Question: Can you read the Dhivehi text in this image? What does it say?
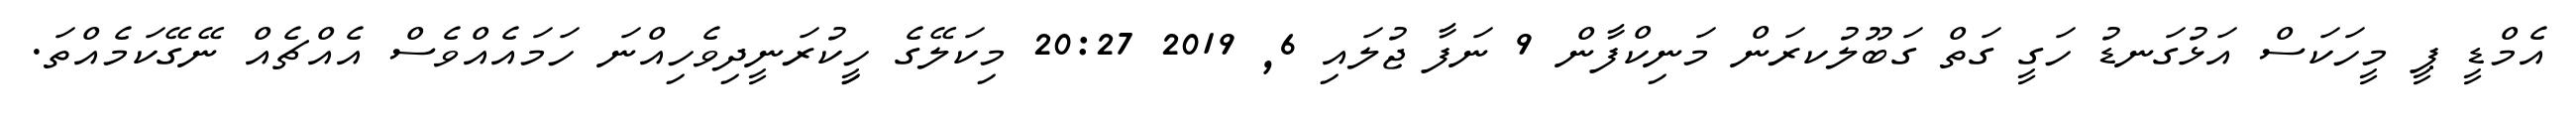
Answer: އެމްޑީ ޕީ މީހަކަސް އަޅުގަނޑު ހަގީ ގަތް ގަބޫލުކރަން މަނިކްފާން 9 ނަފާ ޖުލައި 6, 2019 20:27 މިކަލޭގެ ހީިކުރަނީދިވެހިއްނަ ހަމައެއްވެސް އެއްޗެއް ނޭގޭކަމެއްތަ.